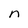
Character: n